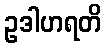
ဥဒါဟရတိ